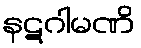
နဋဂါမဏိ